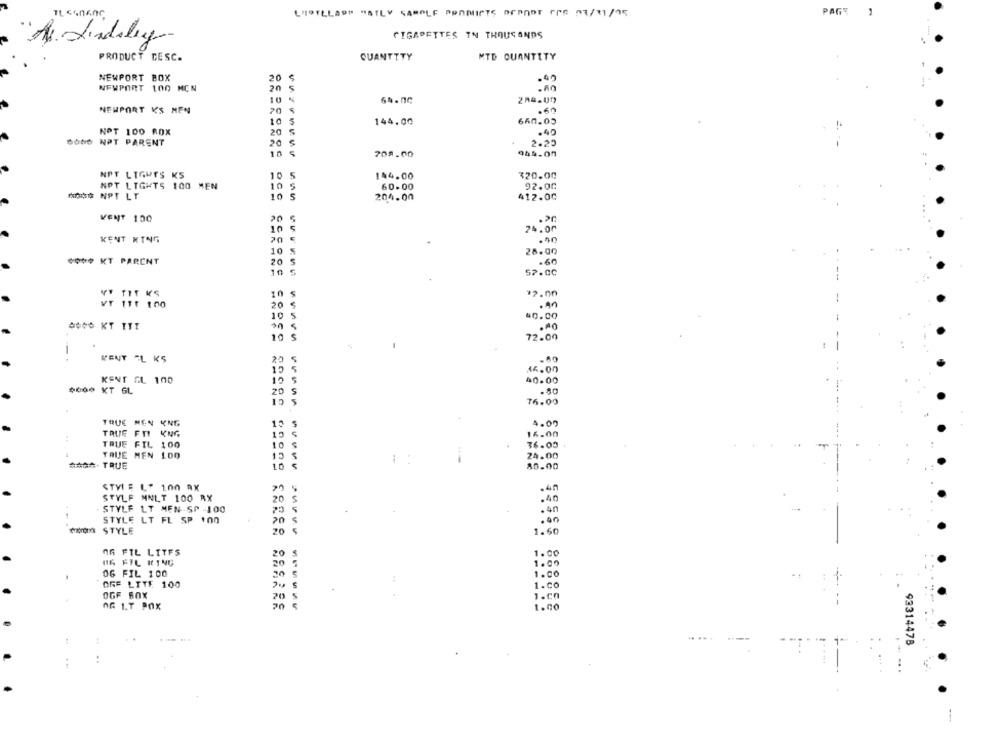
L'HOTELAPP WATLY SAMPLE PRANICTS DERADT FRE 07/11/05
PAGE
CIGARETTES IN THOUSANDS
As Lindaley
PRODUCT DESC.
QUANTITY
MTD QUANTITY
NEWPORT BOX
20
NEWPORT 100 MCN
10
NEWPORT K'S MEN
20
.60
144.00
660.05
NOT 100 ROX
20
.40
SONO NPT PARENT
2.25
20
5
708.00
944.00
NPT LIGUES KS
10
5
144.00
320.00
NPT LIGHTS 100 MEN
10 5
60.00
92.00
KONG NPT LT
10
S
204.00
412.00
VENT 100
20
24.00
20 €
KENT KING
10 5
28.00
00 ** KT PARENT
20
5
.60
10
57.00
TIT KS
10
*2.00
VT 111 10
20
10
5
=0.00
is
.AO
10
S
72.00
-
KENT -L KS
15
15.00
KENT GL 100
10
40.00
$000 KT GL
20 5
CI
5
76.00
TRUE MEN KNG
4.05
TRUE FTI KNG
16.00
TRUE FIL 100
36.00
TRUE MEN 100
24.00
###- TRUE
80.00
STVL E L" 100 AX
.40
STYLE MNLT 100 RX
.40
STYLF LT MEN-SP -100
.40
STYLE LT FL SP 100
STYLE
20
1.60
OG FIL LITFS
20
1.00
14 FIL KING
1.00
OG FIL 100
1.00
ORF LITE 100
1.Co
OGF BOX
20
1.CO
OG L.T POX
1.00
--
.....
---
93314478
. .